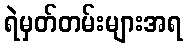
ရဲမှတ်တမ်းများအရ